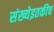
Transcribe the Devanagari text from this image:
संख्येइतकीच